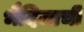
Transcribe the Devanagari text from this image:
भैदिजाची